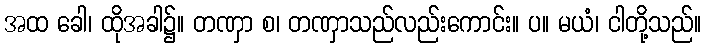
အထ ခေါ၊ ထိုအခါ၌။ တဏှာ စ၊ တဏှာသည်လည်းကောင်း။ ပ။ မယံ၊ ငါတို့သည်။